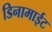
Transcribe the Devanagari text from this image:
डिनामाईट